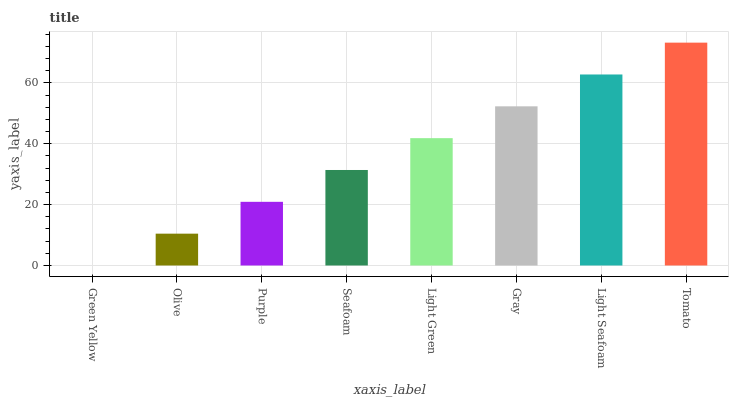
| xaxis_label | bars |
 | --- | --- |
 | Green Yellow | 0 |
 | Olive | 10.5 |
 | Purple | 20.9 |
 | Seafoam | 31.4 |
 | Light Green | 41.8 |
 | Gray | 52.3 |
 | Light Seafoam | 62.7 |
 | Tomato | 73.2 |